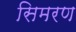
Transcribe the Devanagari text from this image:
सिमरण